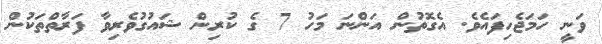
ވަނީ ހަމަޖެހިފައެވެ. އެގޮތުން އަންނަ މަހު 7 ގެ ކުރިން ޝައުގުވެރިވާ ފަރާތްތަކުން